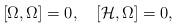
LaTeX: \begin{align*}[\Omega,\Omega]=0,\quad[{\cal H},\Omega]=0,\end{align*}